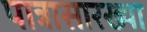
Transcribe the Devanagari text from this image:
पात्रासारख्या